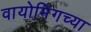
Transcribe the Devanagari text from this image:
वायोमिंगच्या